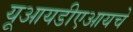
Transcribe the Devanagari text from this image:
यूआयडीएआयचे